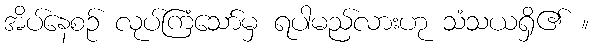
အိပ်နေစဉ် လုပ်ကြံသော်မှ ရပါမည်လားဟု သံသယရှိ၏ ။